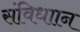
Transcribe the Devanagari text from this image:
संविधाान